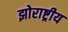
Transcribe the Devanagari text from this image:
झोराष्ट्रीय